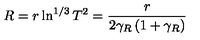
R = r \ln ^ { 1 / 3 } T ^ { 2 } = \frac { r } { 2 \gamma _ { R } \left( 1 + \gamma _ { R } \right) }